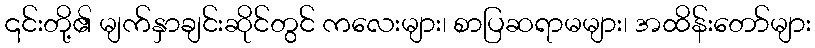
၎င်းတို့၏ မျက်နှာချင်းဆိုင်တွင် ကလေးများ၊ စာပြဆရာမများ၊ အထိန်းတော်များ